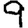
Digit: 9